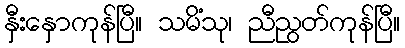
နှီးနှောကုန်ပြီ။ သမိံသု၊ ညီညွတ်ကုန်ပြီ။